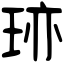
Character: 𤥂